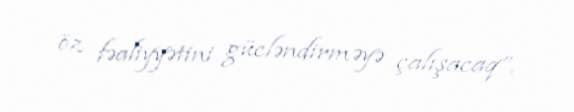
öz fəaliyyətini gücləndirməyə çalışacaq”.